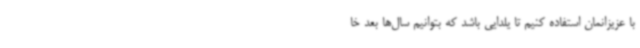
با عزیزانمان استفاده کنیم تا یلدایی باشد که بتوانیم سال‌ها بعد خا